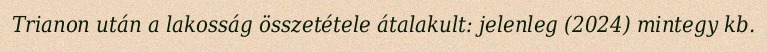
Trianon után a lakosság összetétele átalakult: jelenleg (2024) mintegy kb.